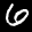
Label: 6